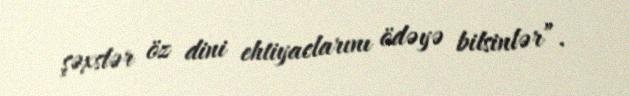
şəxslər öz dini ehtiyaclarını ödəyə bilsinlər”.